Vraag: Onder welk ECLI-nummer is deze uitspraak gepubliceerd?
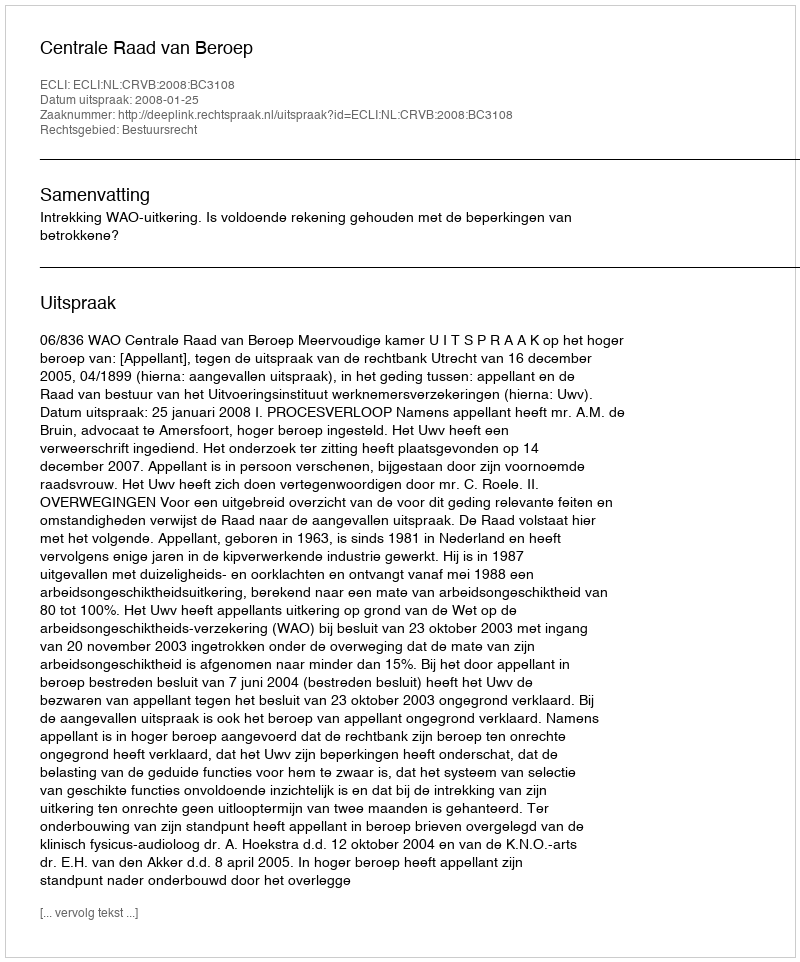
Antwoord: ECLI:NL:CRVB:2008:BC3108